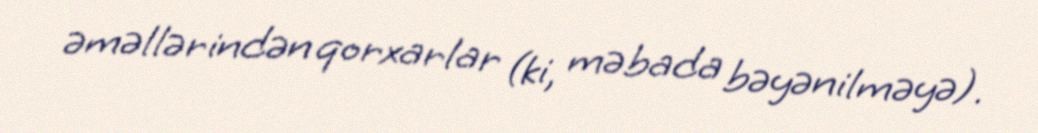
əməllərindən qorxarlar (ki, məbada bəyənilməyə).